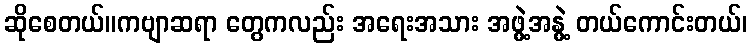
ဆိုစေတယ်။ကဗျာဆရာ တွေကလည်း အရေးအသား အဖွဲ့အနွဲ့ တယ်ကောင်းတယ်၊